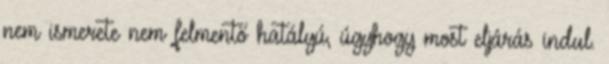
nem ismerete nem felmentő hatályú, úgyhogy most eljárás indul.